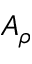
A _ { \rho }